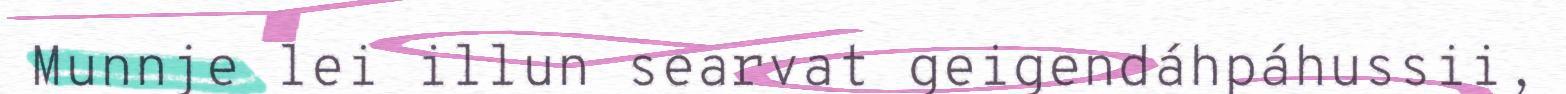
Munnje lei illun searvat geigendáhpáhussii,